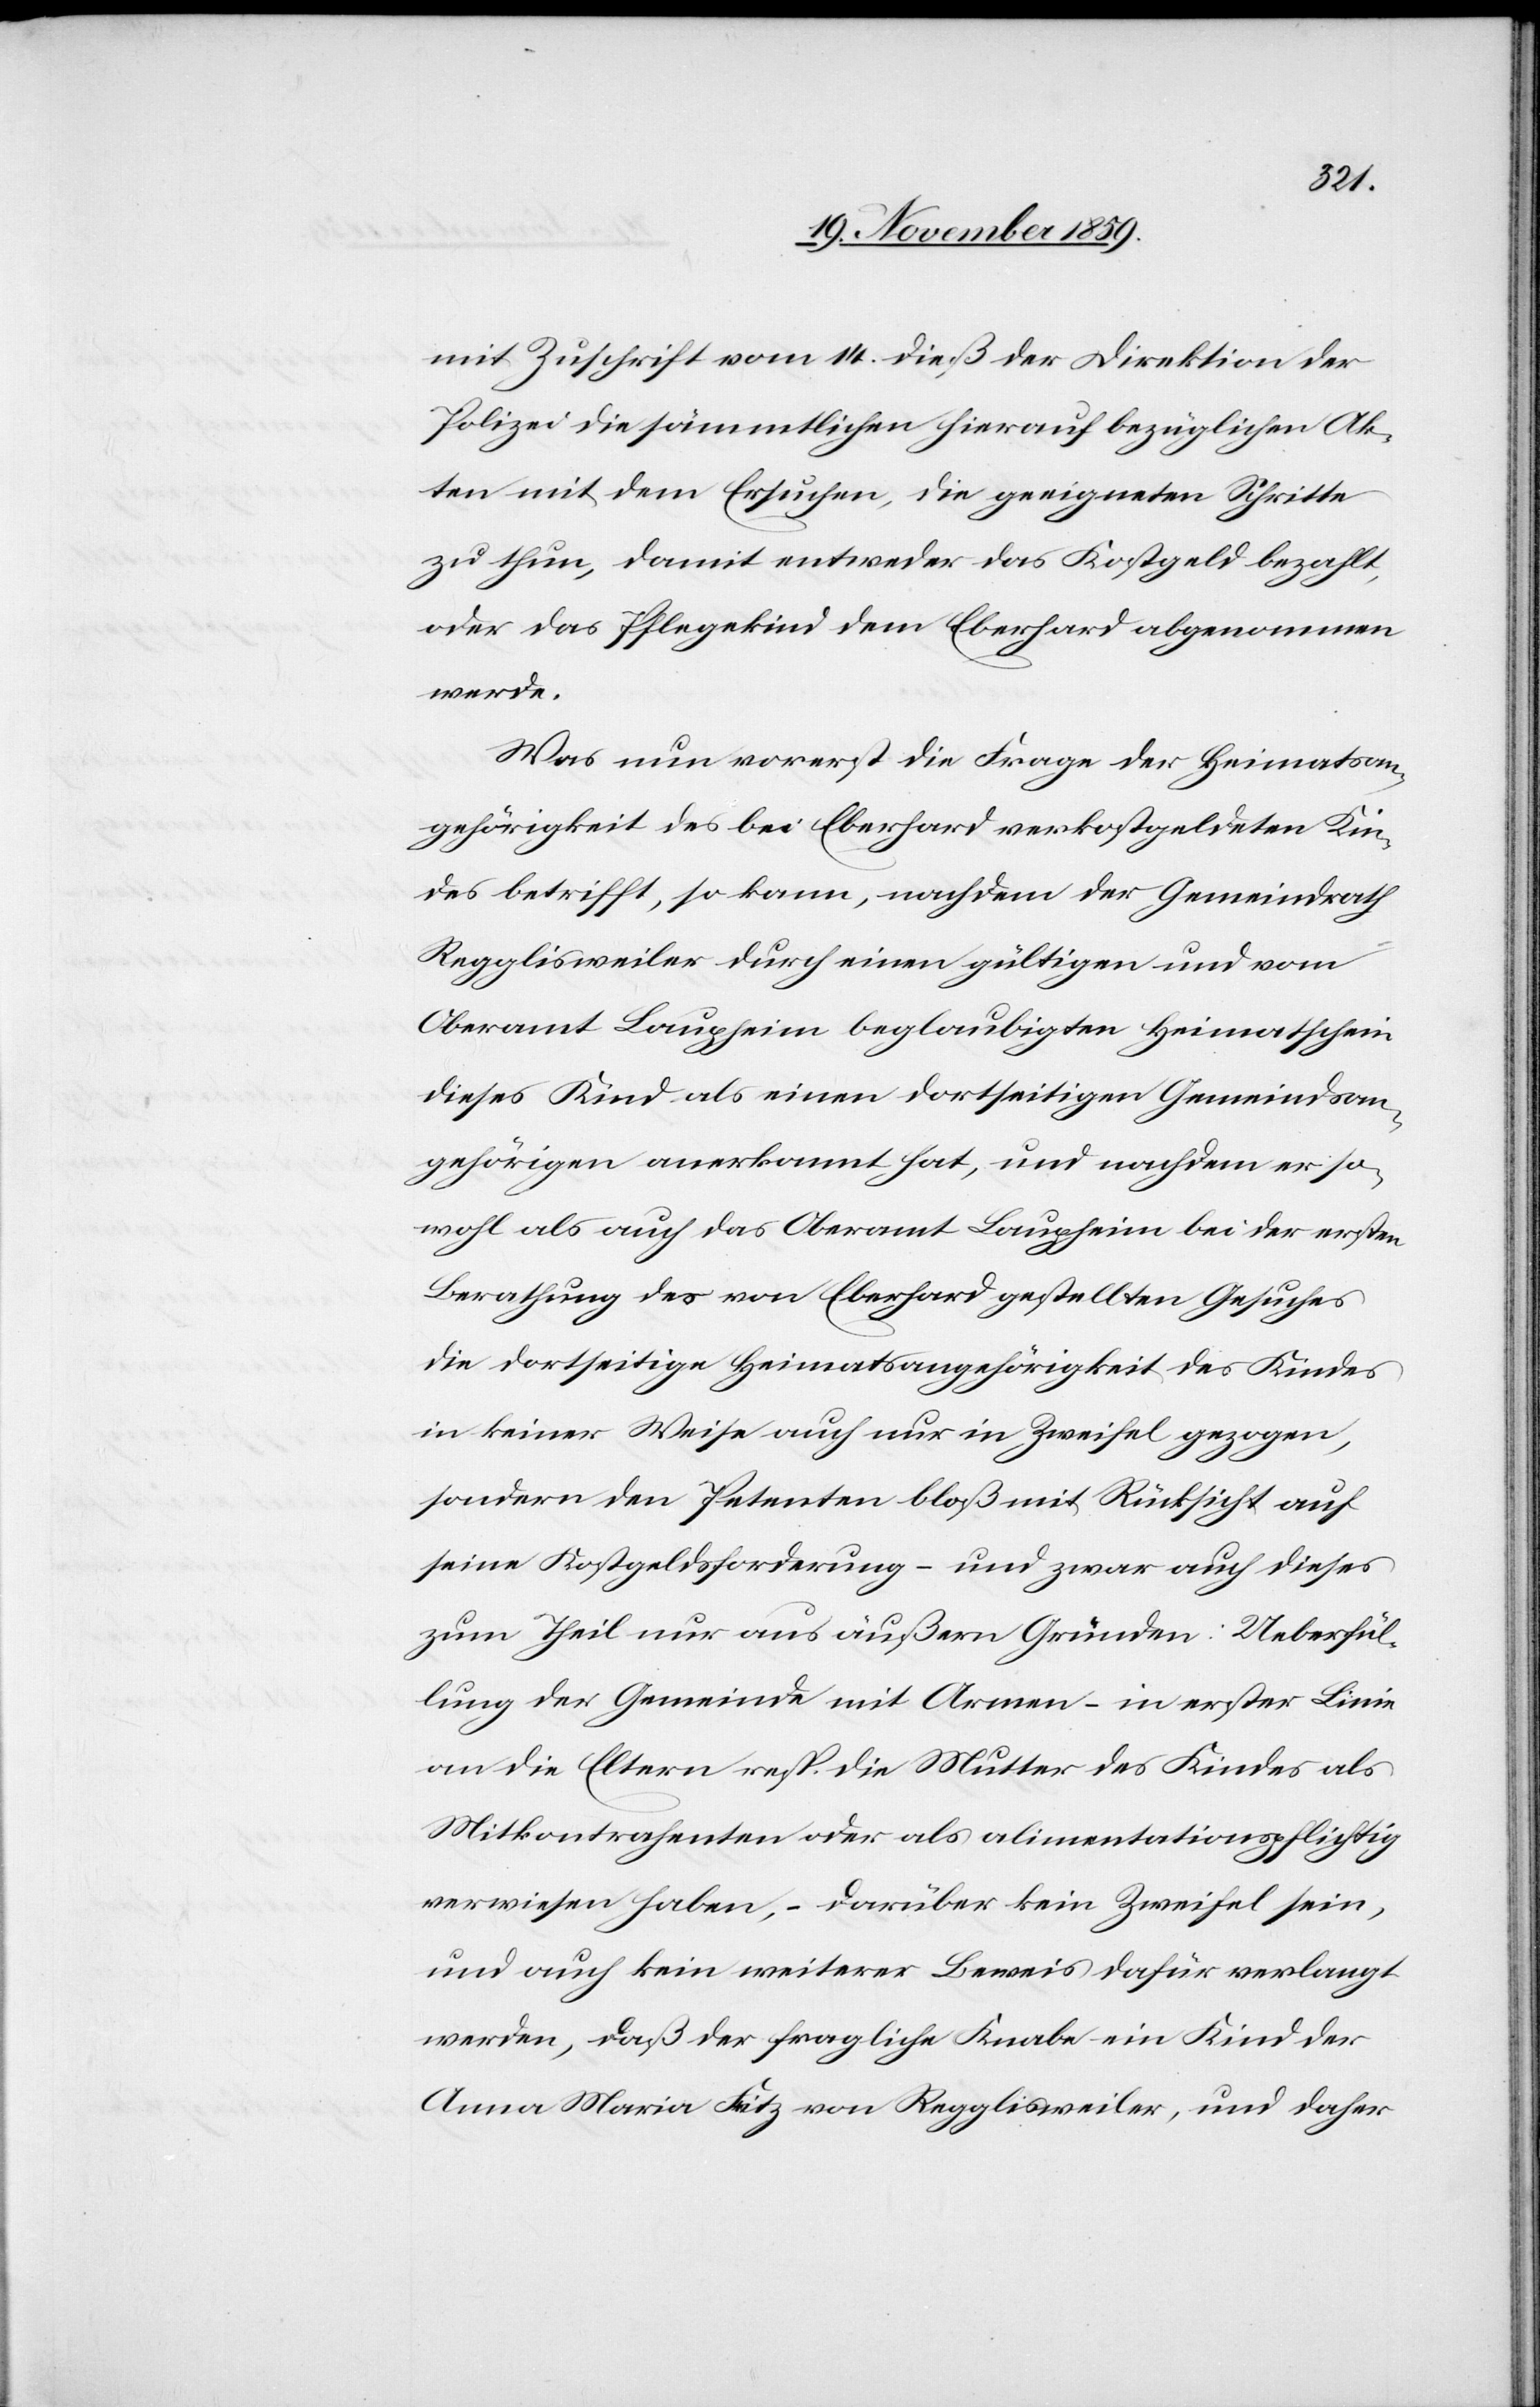
mit Zuschrift vom 14. dieß der Direktion der
Polizei die sämmtlichen hierauf bezüglichen Ak¬
ten mit dem Ersuchen, die geeigneten Schritte
zu thun, damit entweder das Kostgeld bezahlt,
oder das Pflegekind dem Eberhard abgenommen
werde.
Was nun vorerst die Frage der Heimatsan¬
gehörigkeit des bei Eberhard verkostgeldeten Kin¬
des betrifft, so kann, nachdem der Gemeindrath
Regglisweiler durch einen gültigen und vom
Oberamt Laupheim beglaubigten Heimatschein
dieses Kind als einen dortseitigen Gemeindsan¬
gehörigen anerkannt hat, und nachdem er so¬
wohl als auch das Oberamt Laupheim bei der ersten
Berathung des von Eberhard gestellten Gesuches
die dortseitige Heimatsangehörigkeit des Kindes
in keiner Weise auch nur in Zweifel gezogen,
sondern den Petenten bloß mit Rücksicht auf
seine Kostgeldsforderung – und zwar auch dieses
zum Theil nur aus äußern Gründen: Ueberfül¬
lung der Gemeinde mit Armen – in erster Linie
an die Eltern resp. die Mutter des Kindes als
Mitkontrahenten oder als alimentationspflichtig
verwiesen haben, – darüber kein Zweifel sein,
und auch kein weiterer Beweis dafür verlangt
werden. daß der fragliche Knabe ein Kind der
Anna Maria Fritz von Regglisweiler, und daher